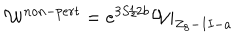
LaTeX: { \cal W } ^ { n o n - p e r t } = e ^ { 3 S / 2 b } { \cal W } | _ { Z _ { 8 } - I I - a }